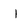
Character: I